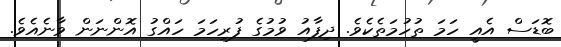
ބޮޑަސް އެއީ ހަމަ ތުހުމަތެކެވެ. ދިފާއު ވުމުގެ ފުރިހަމަ ހައްގު އޮންނަން ވާނެއެވެ.